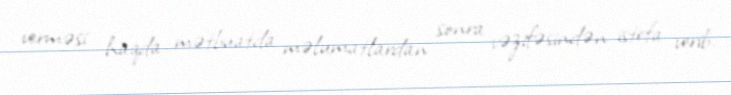
verməsi haqda mətbuatda məlumatlardan sonra vəzifəsindən istefa verib.